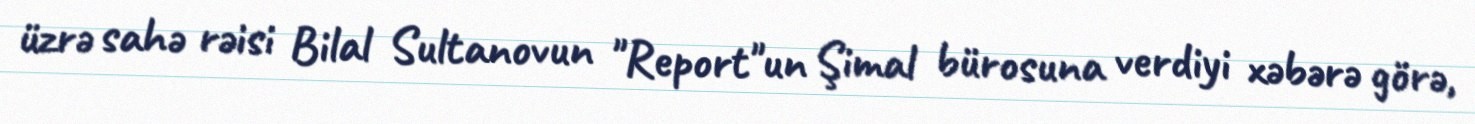
üzrə sahə rəisi Bilal Sultanovun "Report"un Şimal bürosuna verdiyi xəbərə görə,